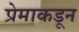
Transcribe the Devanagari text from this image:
प्रेमाकडून